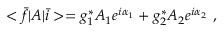
< \bar { f } | A | \bar { i } > = g _ { 1 } ^ { * } A _ { 1 } e ^ { i \alpha _ { 1 } } + g _ { 2 } ^ { * } A _ { 2 } e ^ { i \alpha _ { 2 } } \ ,